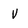
Character: V